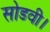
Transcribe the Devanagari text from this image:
सोडवी।